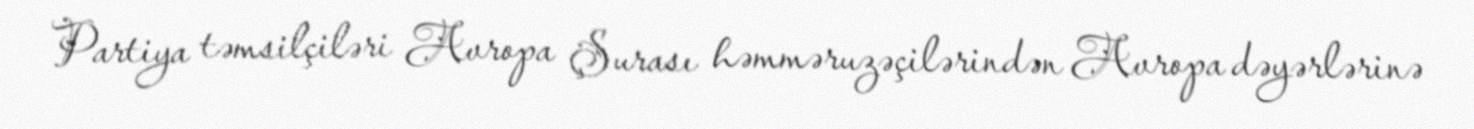
Partiya təmsilçiləri Avropa Şurası həmməruzəçilərindən Avropa dəyərlərinə